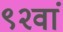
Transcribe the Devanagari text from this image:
९२वां